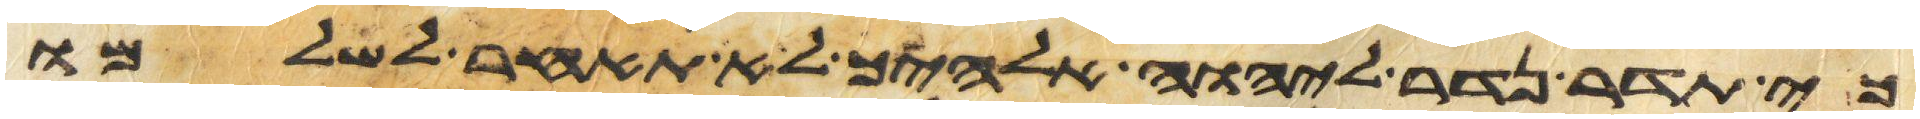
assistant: כי תדר נדר ליהוה אלהיך לא תאחר לשלמו